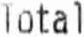
TOTAL